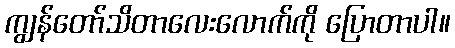
ကျွန်တော်သိတာလေးလောက်ကို ပြောတာပါ။